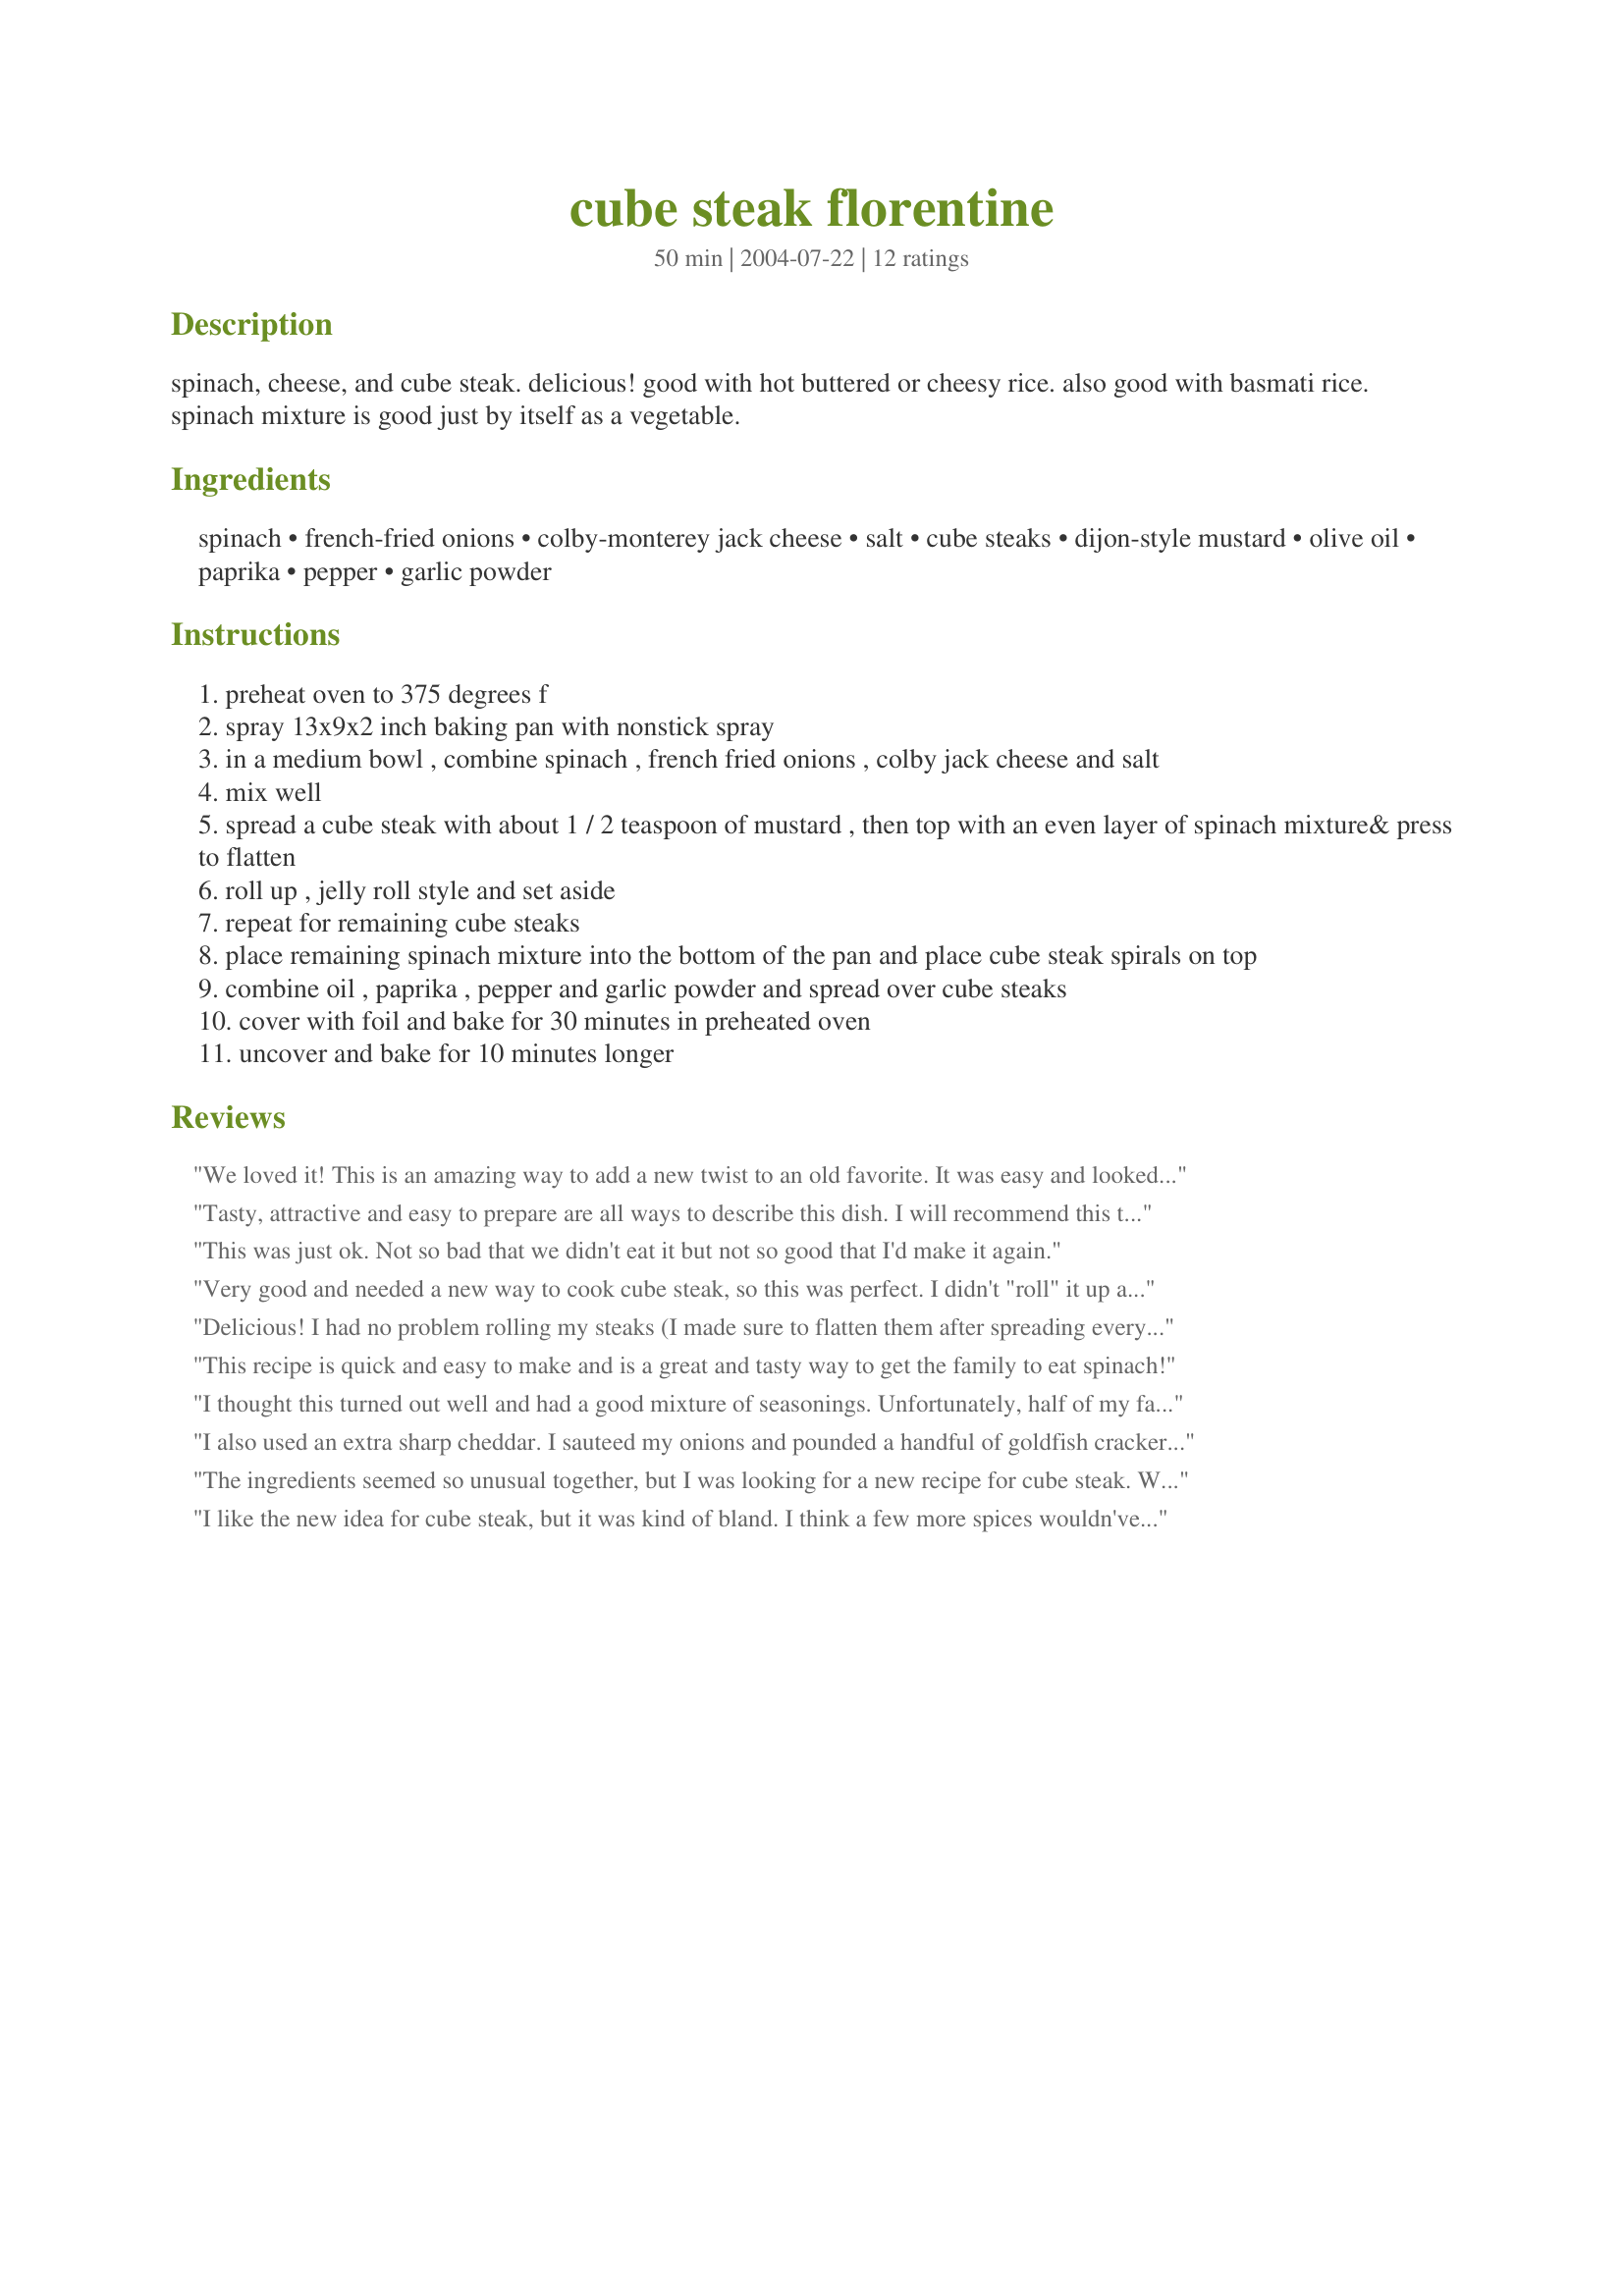
cube steak florentine
Preparation time: 50 minutes

spinach, cheese, and cube steak. delicious! good with hot buttered or cheesy rice. also good with basmati rice. spinach mixture is good just by itself as a vegetable.

Ingredients:
spinach, french-fried onions, colby-monterey jack cheese, salt, cube steaks, dijon-style mustard, olive oil, paprika, pepper, garlic powder

Steps:
preheat oven to 375 degrees f
spray 13x9x2 inch baking pan with nonstick spray
in a medium bowl , combine spinach , french fried onions , colby jack cheese and salt
mix well
spread a cube steak with about 1 / 2 teaspoon of mustard , then top with an even layer of spinach mixture& press to flatten
roll up , jelly roll style and set aside
repeat for remaining cube steaks
place remaining spinach mixture into the bottom of the pan and place cube steak spirals on top
combine oil , paprika , pepper and garlic powder and spread over cube steaks
cover with foil and bake for 30 minutes in preheated oven
uncover and bake for 10 minutes longer

Reviews:
We loved it! This is an amazing way to add a new twist to an old favorite. It was easy and looked great on the plate! I added fresh mushrooms too!
Tasty, attractive and easy to prepare are all ways to describe this dish. I will recommend this to others and will also make it again...and again.
This was just ok. Not so bad that we didn't eat it but not so good that I'd make it again.
Very good and needed a new way to cook cube steak, so this was perfect. I didn't "roll" it up as instructed and instead mixed together all of the ingredients and just piled them on top. I would also like to just make spinach as a side dish this way!
Delicious! I had no problem rolling my steaks (I made sure to flatten them after spreading everything on, and I kind of pressed them together more after they were rolled, placing them seam side down in the pan). I subbed mozzarella and cheddar for the colby-monterey. I only had about 6 oz of chopped spinach, but it seemed to be enough, although there was less filling to spread on the bottom of the pan. I definitely would NOT omit the french fried onions--they are key to the flavor (although you might be able to sub caramelized onions). I served it with red potatoes, which proved to be just the right accompaniment to soak up the wonderful pan sauce. This was actually simple to make though it presents and tastes like something more complex. When cube steak is on sale, this will definitely be our go-to recipe!
This recipe is quick and easy to make and is a great and tasty way to get the family to eat spinach!
I thought this turned out well and had a good mixture of seasonings. Unfortunately, half of my family members didn't like it. One comment was that it was bland, but I don't really think that was the word he was looking for. I did use sharp cheddar instead of the colby jack, but if anything, that would be more flavorful. He also thought it was overcooked. I didn't have any problems rolling them up. There wasn't a lot of stuffing left, but I was glad to put it in the bottom of the pan. I made four larger cube steaks for four people. I was unsure why it needed french fried onions specifically, since they soften during cooking, and think caramelized onions would be good also.
I also used an extra sharp cheddar. I sauteed my onions and pounded a handful of goldfish crackers for my bread in the stuffing. Reg. Breadcrumbs would also work. I mashed some garlic for the top instead of powder, added some pepper and paprika and sprayed it with some oil. I tossed a little parmesan cheese on that. Came out perfect. Buttered rice made a great side. ( I did pound the steak a little before I stuffed it)
The ingredients seemed so unusual together, but I was looking for a new recipe for cube steak. Was I surprised! Each of the ingredients is needed for balance but the one that stood out to me was the subtle amount of dijon mustard. I didn't measure it and wish I had used the full amount or more! It was easy to make and reheated well. Thanks for a great recipe!
I like the new idea for cube steak, but it was kind of bland. I think a few more spices wouldn've helped. But at least I got(Made) the kids eat spinach! LOL
This dish was really easy to make. The only problem I had was my round steak wasn't long enough to make spirals. It opened up in the oven. Otherwise, the dish tasted great. You may wan't to watch it closely in the last ten minutes so the steak doesn't brown too much and dry out. I paired it with garlic whipped potatoes topped with cheddar which I think everyone at my house liked.
Aghhhh! I can't believe I forgot to rate this! We absolutely loved it. I made it so long ago I can't remember what I served it over. I'm thinking bow tie pasta. I'm wanting to make it again and maybe add a can of cream of mushroom soup. We used fresh garlic and alot more than 1/2 teaspoon fresh crushed pepper. I may omit the french-fried onions (kinda sweet) and add some more spices. May also use fresh baby spinach next time and try to add it at the end??? I didn't roll my steaks up either. I cut them in about 2" strips. VERY different way to cook cube steaks. Love it, love it!
